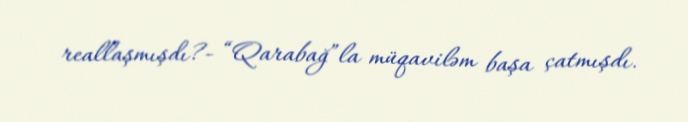
reallaşmışdı?- “Qarabağ”la müqaviləm başa çatmışdı.